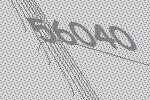
56040